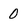
Character: 0